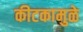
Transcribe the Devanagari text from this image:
कीटकामुळे